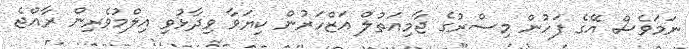
ނަމަވެސް އޭގެ ފަހުން މިސްރުގެ ޖާމިއަތުލް އަޒްހަރުން ކިޔަވާ ވިދާޅުވި އިލްމުވެރިން ރާއްޖެ